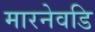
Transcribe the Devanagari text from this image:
मारनेवडि